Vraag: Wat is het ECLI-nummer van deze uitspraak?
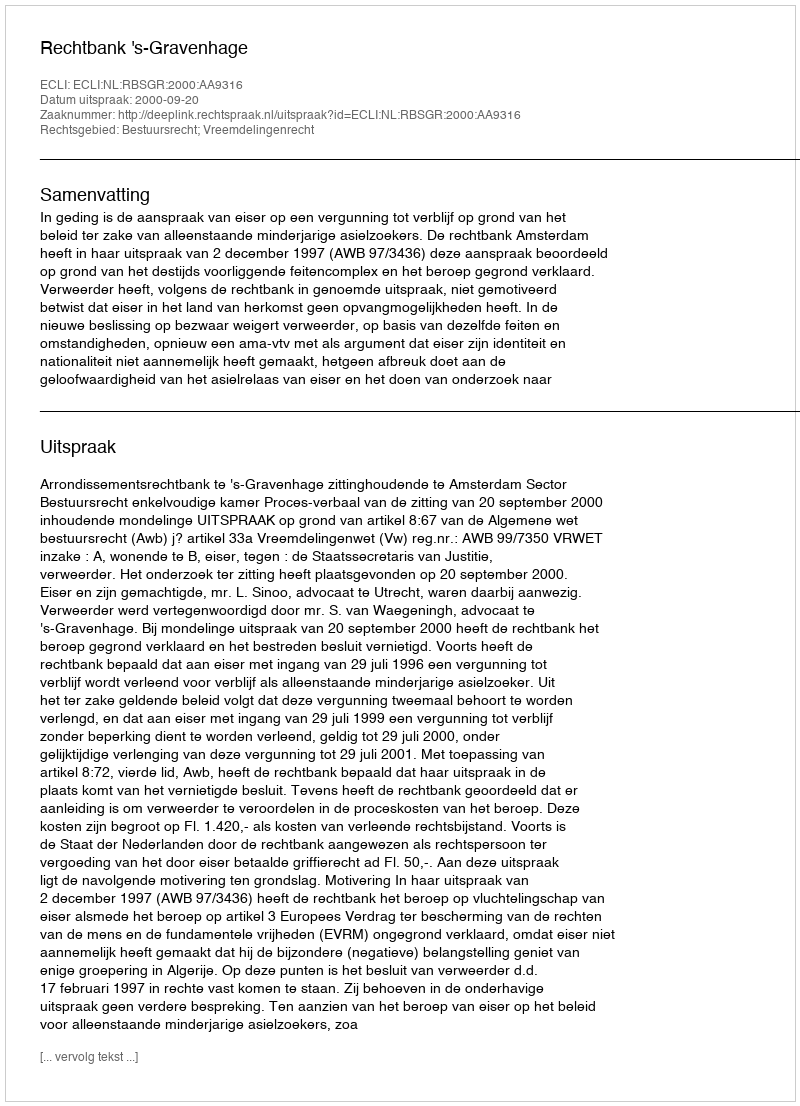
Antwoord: ECLI:NL:RBSGR:2000:AA9316